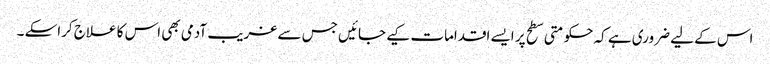
اس کے لیے ضروری ہے کہ حکومتی سطح پر ایسے اقدامات کیے جائیں جس سے غریب آدمی بھی اس کا علاج کراسکے ۔